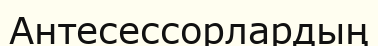
Антесессорлардың